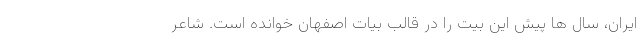
ایران، سال ها پیش این بیت را در قالب بیات اصفهان خوانده است. شاعر